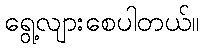
ရွေ့လျားစေပါတယ်။